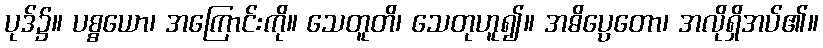
ပုဒ်၌။ ပစ္စယော၊ အကြောင်းကို။ သေတူတိ၊ သေတုဟူ၍။ အဓိပ္ပေတော၊ အလိုရှိအပ်၏။